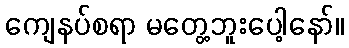
ကျေနပ်စရာ မတွေ့ဘူးပေါ့နော်။